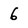
Character: 6